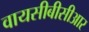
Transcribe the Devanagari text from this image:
वायसीबीसीआर